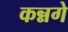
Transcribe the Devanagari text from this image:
कन्नगे